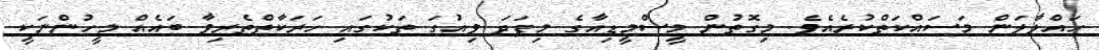
ހައްލާލަން މަސައްކަތްކުރެއެވެ. މިގޮތުން މީސްމީޑިއާގެ މިފަދަ ވިއުގަ ތަކުގައި ހަރަކާތްތެރިވާ ބައެއް މީހުންނަކީ